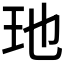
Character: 𮴃